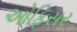
ઓફિસર